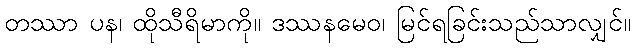
တဿာ ပန၊ ထိုသီရိမာကို။ ဒဿနမေဝ၊ မြင်ရခြင်းသည်သာလျှင်။